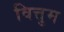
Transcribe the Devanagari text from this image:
वित्तुम